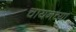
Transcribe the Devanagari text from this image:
चायनच्या